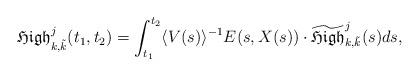
LaTeX: \begin{align*}\mathfrak{High}^{j }_{k, \tilde{k}}(t_1,t_2)= \int_{t_1}^{t_2} \langle V(s)\rangle^{-1} E(s, X(s))\cdot \widetilde{\mathfrak{High}}^{j }_{k, \tilde{k}}(s) d s, \end{align*}